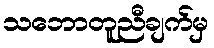
သဘောတူညီချက်မှ